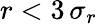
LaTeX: r<3\, \sigma_{r}